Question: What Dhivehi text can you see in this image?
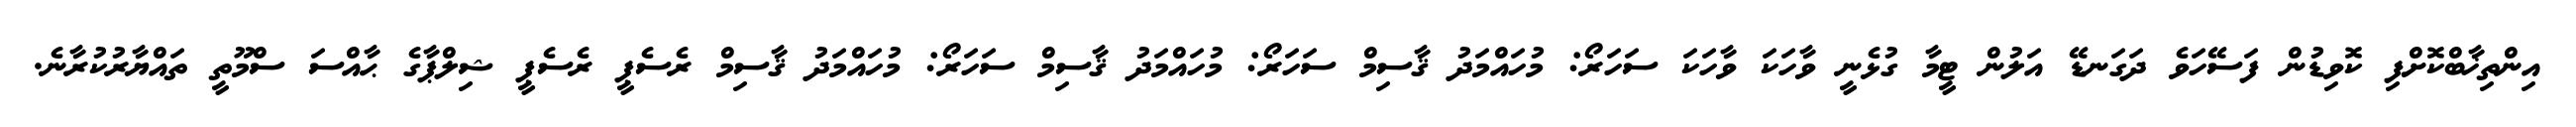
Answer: އިންތިޚާބްކޮށްފި ކޮވިޑުން ފަސޭހަވެ ދަގަނޑޭ އަލުން ޓީމާ ގުޅެނީ ވާހަކަ ވާހަކަ ސަހަރޯ: މުހައްމަދު ޤާސިމް ސަހަރޯ: މުހައްމަދު ޤާސިމް ސަހަރޯ: މުހައްމަދު ޤާސިމް ރެސެޕީ ރެސެޕީ ޝިލްޕާގެ ޙާއްސަ ސްމޫތީ ތައްޔާރުކުރާނެ.